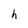
Character: h